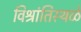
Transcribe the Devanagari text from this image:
विश्रांतिस्थळे